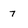
Character: 7